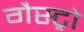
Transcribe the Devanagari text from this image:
गैस्‍ट्रो